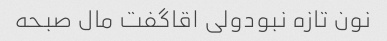
نون تازه نبودولی اقاگفت مال صبحه